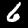
Label: 6